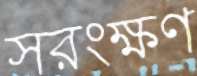
সরংক্ষণ